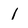
Character: 1